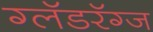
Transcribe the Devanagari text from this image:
ग्लॅडरॅग्ज